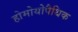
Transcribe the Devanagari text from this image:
होमोयोपैथिक